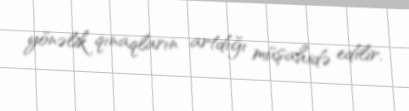
yönəlik qınaqların artdığı müşahidə edilir.